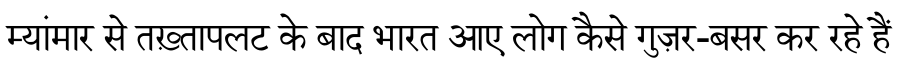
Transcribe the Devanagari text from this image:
म्यांमार से तख़्तापलट के बाद भारत आए लोग कैसे गुज़र-बसर कर रहे हैं